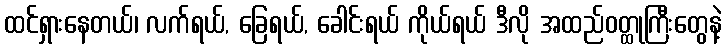
ထင်ရှားနေတယ်၊ လက်ရယ်, ခြေရယ်, ခေါင်းရယ် ကိုယ်ရယ် ဒီလို အထည်ဝတ္ထုကြီးတွေနဲ့